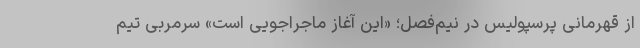
از قهرمانی پرسپولیس در نیم‌فصل؛ «این آغاز ماجراجویی است» سرمربی تیم